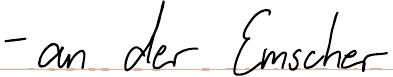
- an der Emscher